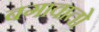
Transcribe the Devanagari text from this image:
बगावातो